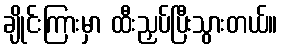
ချိုင်းကြားမှာ ထီးညှပ်ပြီးသွားတယ်။